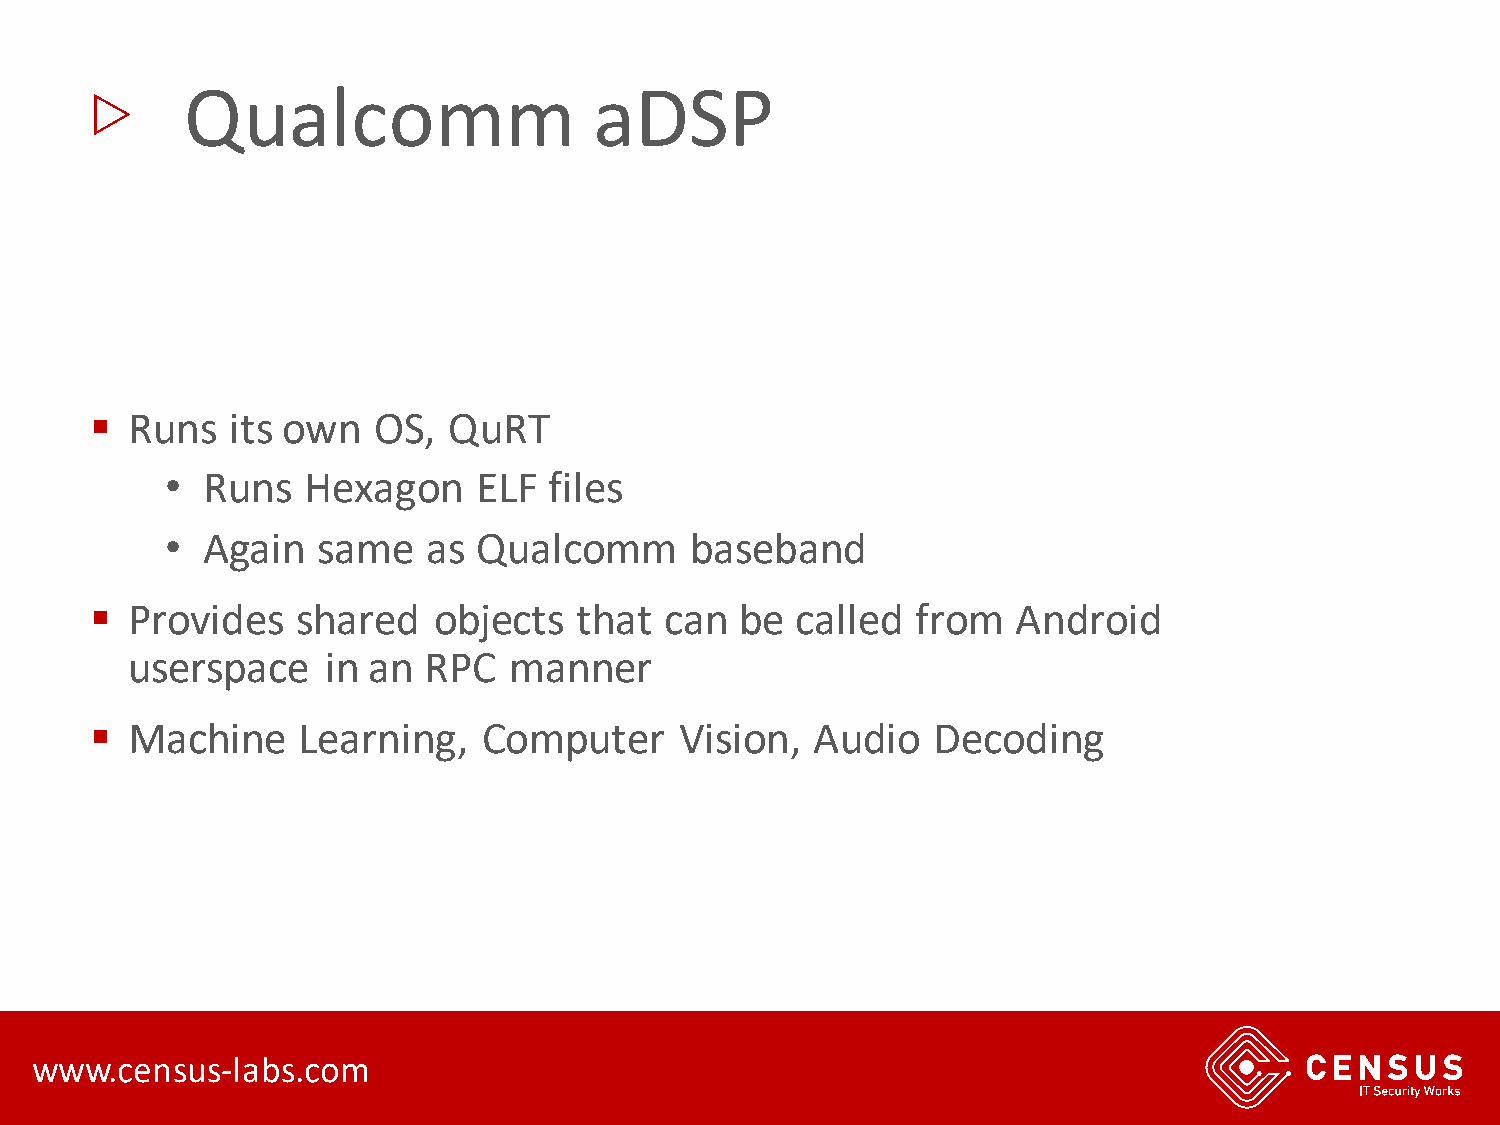
▷
 Qualcomm                   aDSP
 ▪ Runs   its own   OS,  QuRT
 • Runs   Hexagon     ELF files
 • Again   same   as  Qualcomm      baseband
 ▪ Provides    shared   objects  that  can  be  called  from  Android
 userspace    in an  RPC   manner
 ▪ Machine     Learning,   Computer     Vision,  Audio   Decoding
 www.census-labs.com